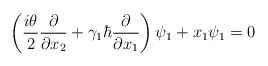
\begin{align*}\left(\frac{i\theta}{2}\frac{\partial}{\partial x_2}+\gamma_1\hbar\frac{\partial}{\partial x_1}\right)\psi_1+x_1\psi_1=0\end{align*}